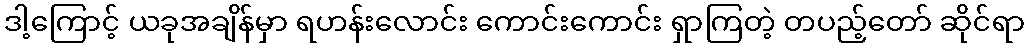
ဒါ့ကြောင့် ယခုအချိန်မှာ ရဟန်းလောင်း ကောင်းကောင်း ရှာကြတဲ့ တပည့်တော် ဆိုင်ရာ